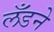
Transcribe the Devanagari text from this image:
लँडने